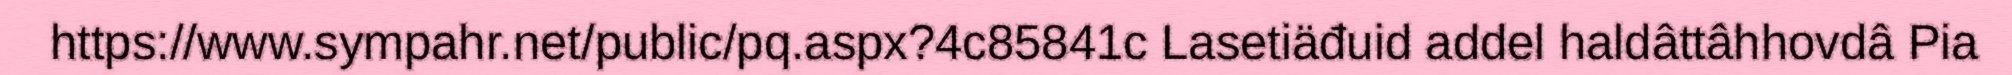
https://www.sympahr.net/public/pq.aspx?4c85841c Lasetiäđuid addel haldâttâhhovdâ Pia